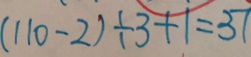
( 1 1 0 - 2 ) \div 3 + 1 = 3 7